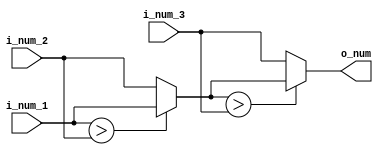
module mst_2_2(
    input  [7 : 0] i_num_1,
    input  [7 : 0] i_num_2,
    input  [7 : 0] i_num_3,
    output [7 : 0] o_num
);

    reg [7 : 0] r_num;

    always @(*) begin
        if (i_num_1 > i_num_2) begin
            r_num = i_num_1;
        end
        else begin
            r_num = i_num_2;
        end

        if (r_num > i_num_3) begin
            r_num = r_num;
        end
        else begin
            r_num = i_num_3;
        end
    end

    assign o_num = r_num;

endmodule